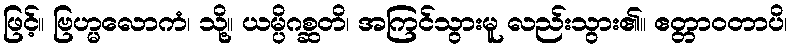
ဖြင့်။ ဗြဟ္မလောကံ၊ သို့။ ယမ္ပိဂစ္ဆတိ၊ အကြင်သွားမူ လည်းသွား၏။ ဧတ္တာဝတာပိ၊